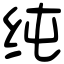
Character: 纯